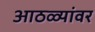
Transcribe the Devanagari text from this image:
आठळ्यांवर